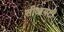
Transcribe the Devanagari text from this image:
सीआयटी